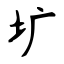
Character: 圹